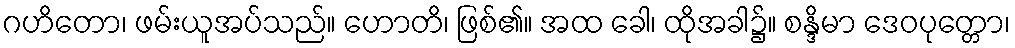
ဂဟိတော၊ ဖမ်းယူအပ်သည်။ ဟောတိ၊ ဖြစ်၏။ အထ ခေါ၊ ထိုအခါ၌။ စန္ဒိမာ ဒေဝပုတ္တော၊